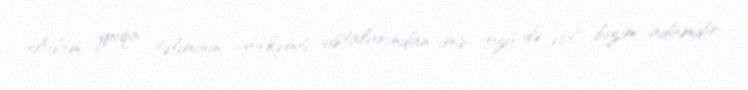
Adam yoqa təliminin görkəmli ustalarından imiş, özü də əsl bizim adamdır: